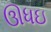
ઊધઇ